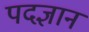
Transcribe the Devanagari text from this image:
पदज्ञान